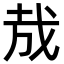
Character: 㦲